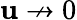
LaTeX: \mathbf{u}\nrightarrow0